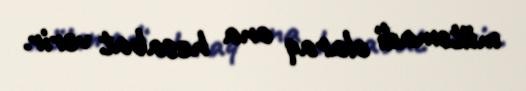
mütəmadi olaraq ona hesabat verir.